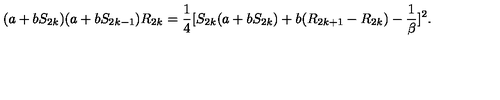
( a + b S _ { 2 k } ) ( a + b S _ { 2 k - 1 } ) R _ { 2 k } = { \frac { 1 } { 4 } } [ S _ { 2 k } ( a + b S _ { 2 k } ) + b ( R _ { 2 k + 1 } - R _ { 2 k } ) - { \frac { 1 } { \beta } } ] ^ { 2 } .